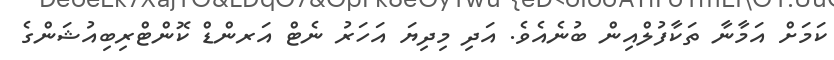
ކަމަށް އަމާނާ ތަކާފުލްއިން ބުނެއެވެ. އަދި މިދިޔަ އަހަރު ނެޓް އަރންޑް ކޮންޓްރިބިއުޝަންގެ